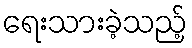
ရေးသားခဲ့သည့်